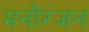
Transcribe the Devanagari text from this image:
मनौरंजन